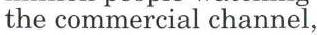
the commercial channel,